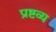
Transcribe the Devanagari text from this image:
प्रष्टव्य